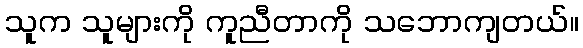
သူက သူများကို ကူညီတာကို သဘောကျတယ်။